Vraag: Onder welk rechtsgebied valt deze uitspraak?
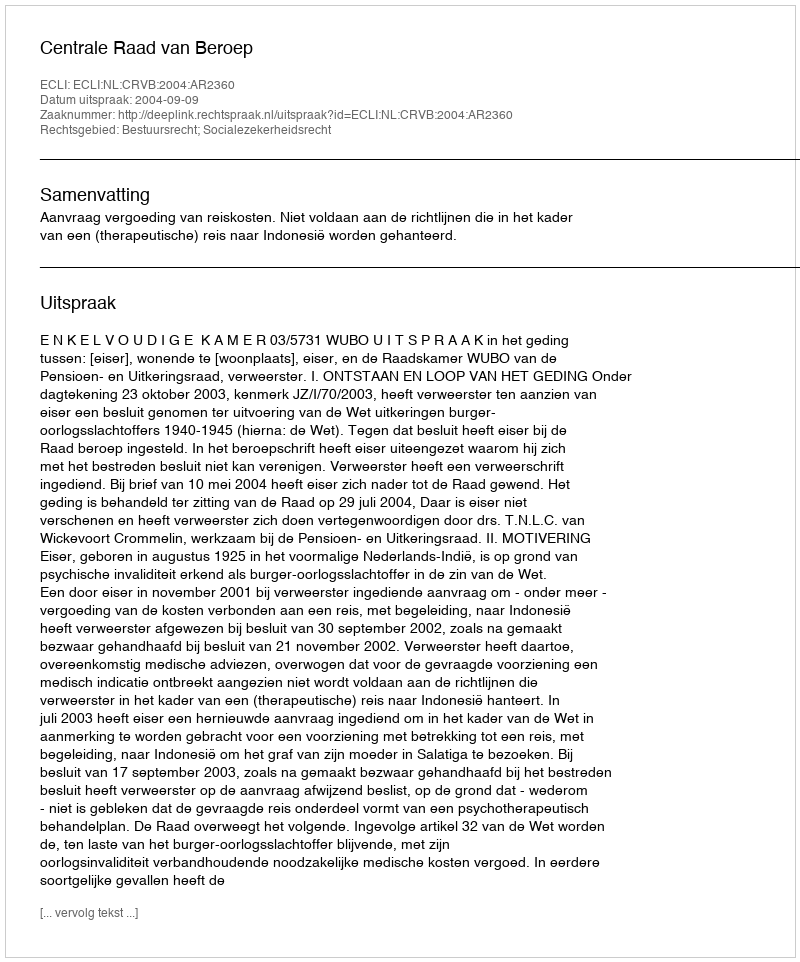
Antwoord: Bestuursrecht; Socialezekerheidsrecht